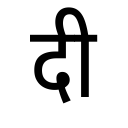
OCR:
दी